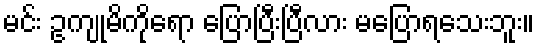
မင်း ဥကျုမိကိုရော ပြောပြီးပြီလား မပြောရသေးဘူး။